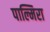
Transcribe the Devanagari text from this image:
पाल्मिरा